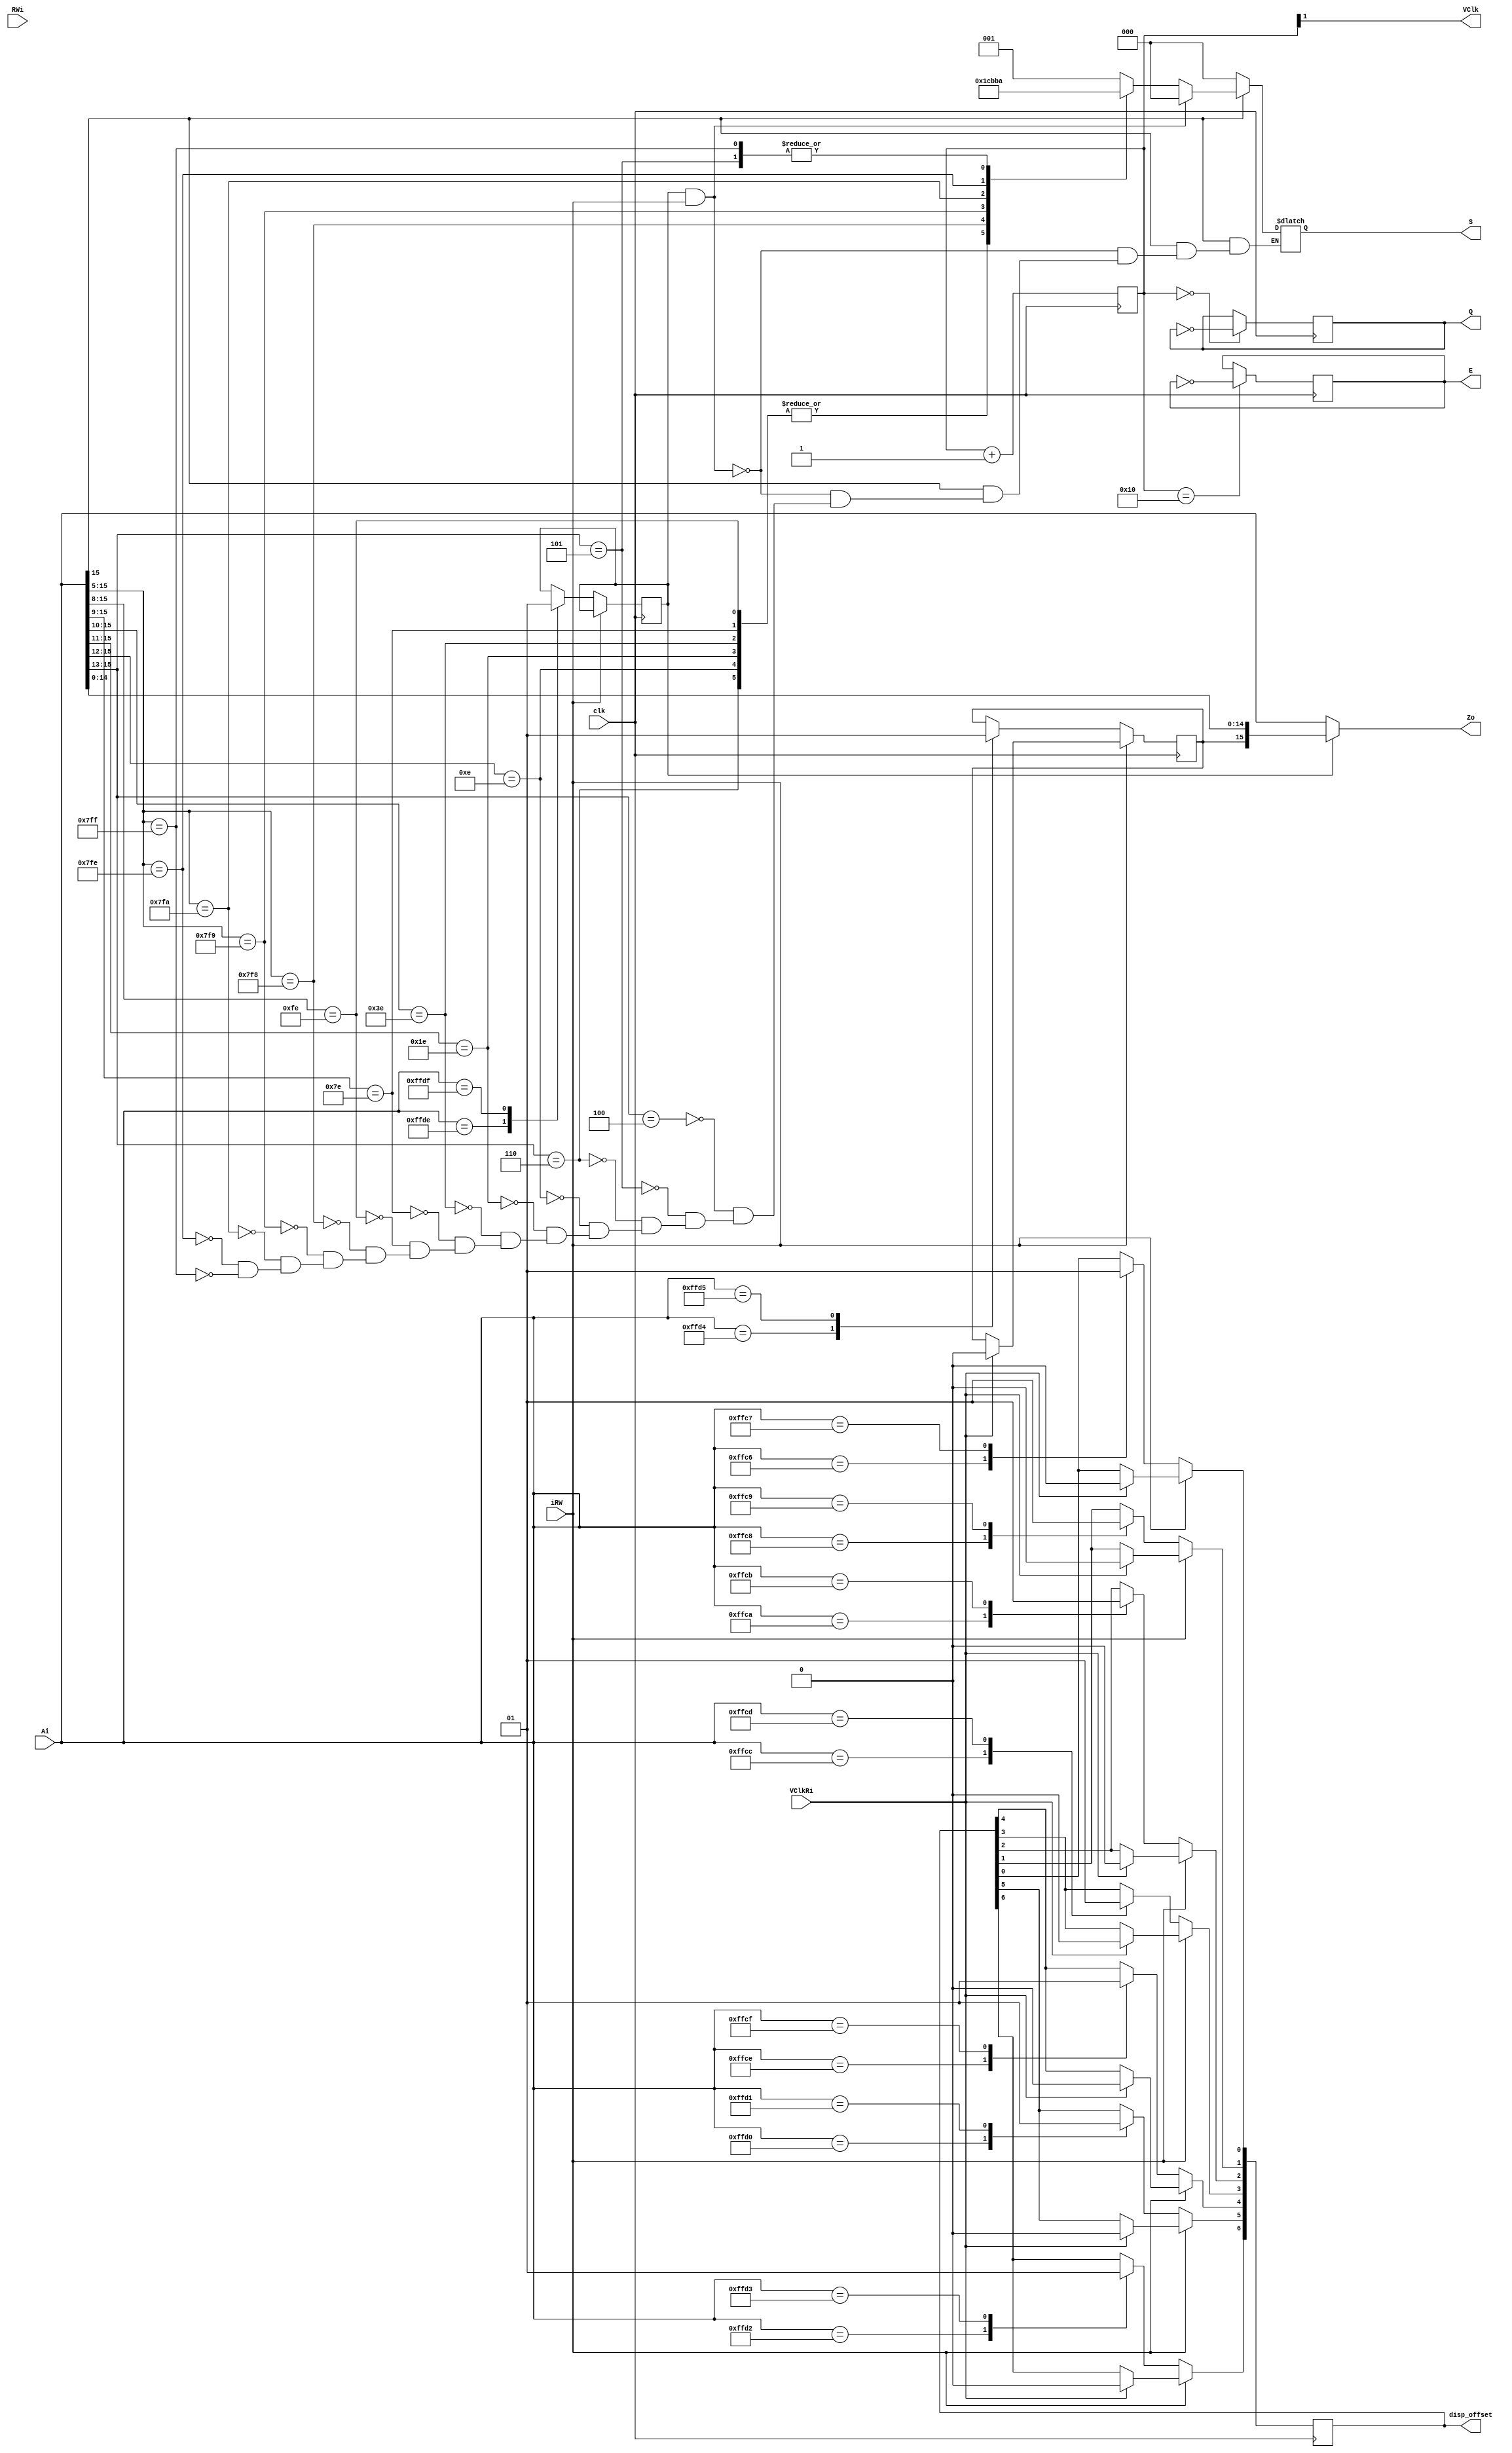

/*

SAM - WIP

chip select signal S:
0 ram  0000-7fff
1 rom8 8000-9fff exp rom
2 romA a000-bfff basic rom
3 romC c000-feff cartridge
4 pia1 ff00-ff1f (ff00-ff03)
5 pia2 ff20-ff3f (ff20-ff23)
- n/a  ff40-ff5f
7/2 ffc0-ffff

  ffc0-ffc5 SAM VDG Mode registers V0-V2
  ffc0/ffc1 SAM VDG Reg V0
  ffc2/ffc3 SAM VDG Reg V1
  ffc3/ffc5 SAM VDG Reg V2
  ffc6-ffd3 SAM Display offset in 512 byte pages F0-F6
  ffc6/ffc7 SAM Display Offset bit F0
  ffc8/ffc9 SAM Display Offset bit F1
  ffca/ffcb SAM Display Offset bit F2
  ffcc/ffcd SAM Display Offset bit F3
  ffce/ffcf SAM Display Offset bit F4
  ffd0/ffc1 SAM Display Offset bit F5
  ffd2/ffc3 SAM Display Offset bit F6
  ffd4/ffd5 SAM Page #1 bit - in D64 maps upper 32K Ram to $0000 to $7fff
  ffd6-ffd9 SAM MPU Rate R0-R1
  ffd6/ffd7 SAM MPU Rate bit R0
  ffd8/ffd9 SAM MPU Rate bit R1
  ffda-ffdd SAM Memory Size select M0-M1
  ffda/ffdb SAM Memory Size select bit M0
  ffdc/ffdd SAM Memory Size select bit M1
  ffde/ffdf SAM Map Type - in D64 switches in upper 32K RAM $8000-$feff


*/

module sam(

  input clk,
  input [15:0] Ai,

  input RWi,

  output reg [6:0] disp_offset,

  output VClk,
  input VClkRi,

  output reg [2:0] S,
  output [15:0] Zo,

  input iRW,

  output reg Q,
  output reg E

);


reg [4:0] clk_div = 0;
always @(posedge clk) begin
  clk_div <= clk_div + 5'd1;
  if (clk_div == 5'b10000) E <= ~E;
  if (clk_div == 5'b00000) Q <= ~Q;
end

assign VClk = clk_div[1];

reg page;
reg [2:0] mode_bits;
reg ty;
reg [1:0] ms, rate;

assign Zo = ty ? { page, Ai[14:0] } : Ai;


always @(posedge clk)
  if (~iRW) begin
    case (Ai)
      16'hffc0: mode_bits[0] <= 1'b0;
      16'hffc1: mode_bits[0] <= 1'b1;
      16'hffc2: mode_bits[1] <= 1'b0;
      16'hffc3: mode_bits[1] <= 1'b1;
      16'hffc4: mode_bits[2] <= 1'b0;
      16'hffc5: mode_bits[2] <= 1'b1;
      16'hffc6: disp_offset[0] <= 1'b0;
      16'hffc7: disp_offset[0] <= 1'b1;
      16'hffc8: disp_offset[1] <= 1'b0;
      16'hffc9: disp_offset[1] <= 1'b1;
      16'hffca: disp_offset[2] <= 1'b0;
      16'hffcb: disp_offset[2] <= 1'b1;
      16'hffcc: disp_offset[3] <= 1'b0;
      16'hffcd: disp_offset[3] <= 1'b1;
      16'hffce: disp_offset[4] <= 1'b0;
      16'hffcf: disp_offset[4] <= 1'b1;
      16'hffd0: disp_offset[5] <= 1'b0;
      16'hffd1: disp_offset[5] <= 1'b1;
      16'hffd2: disp_offset[6] <= 1'b0;
      16'hffd3: disp_offset[6] <= 1'b1;
      16'hffd4: page <= 1'b0;
      16'hffd5: page <= 1'b1;
      16'hffd6: rate[0] <= 1'b0;
      16'hffd7: rate[0] <= 1'b1;
      16'hffd8: rate[1] <= 1'b0;
      16'hffd9: rate[1] <= 1'b1;
      16'hffda: ms[0] <= 1'b0;
      16'hffdb: ms[0] <= 1'b1;
      16'hffdc: ms[1] <= 1'b0;
      16'hffdd: ms[1] <= 1'b1;
      16'hffde: ty <= 1'b0;
      16'hffdf: ty <= 1'b1;
    endcase
  end
  else if (VClkRi) begin
    disp_offset <= 7'd0;
    page <= 1'b0;
  end


// sel

always @*
  casez (Ai)
    16'b0???_????_????_????: S = 0; // 0000-7fff ram
    16'b1???_????_????_????: begin
      if (ty & iRW) S = 0;
      else
        casez (Ai)
          16'b100?_????_????_????: S = 1; // 8000-9fff exp rom
          16'b101?_????_????_????: S = 2; // a000-bfff bas rom
          16'b110?_????_????_????: S = 3; // c000-dfff \
          16'b1110_????_????_????: S = 3; // e000-efff |
          16'b1111_0???_????_????: S = 3; // f000-f7ff |
          16'b1111_10??_????_????: S = 3; // f800-fbff |
          16'b1111_110?_????_????: S = 3; // fc00-fdff |
          16'b1111_1110_????_????: S = 3; // fe00-feff /
          16'b1111_1111_000?_????: S = 4; // ff00-ff1f pia1
          16'b1111_1111_001?_????: S = 5; // ff20-ff3f pia2
          16'b1111_1111_010?_????: S = 6; // ff40-ff5f scs (cartridge spare select signal)
          // -- reserved FF60 - FFBF
          16'b1111_1111_110?_????: S = 7; // ffc0-ffdf SAM ctrl reg
          16'b1111_1111_111?_????: S = 2; // ffe0-ffff i/o
        endcase
    end
  endcase

endmodule